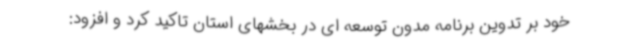
خود بر تدوین برنامه مدون توسعه ای در بخشهای استان تاکید کرد و افزود: